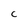
Character: t